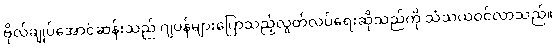
ဗိုလ်ချုပ်အောင်ဆန်းသည် ဂျပန်များပြောသည့်လွတ်လပ်ရေးဆိုသည်ကို သံသယဝင်လာသည်။